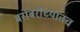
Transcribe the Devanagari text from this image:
बरोबरींच्यातच